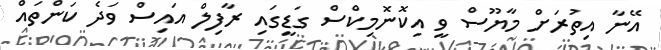
އޭނާ އިތުރަށް މާޔޫސް ވީ އިކޮނޮމިކްސް ގަޑީގައި ރާފިލް އައިސް ވަދެ ކަންތައް